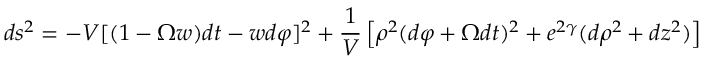
\nonumber d s ^ { 2 } = - V [ ( 1 - \Omega w ) d t - w d \varphi ] ^ { 2 } + { \frac { 1 } { V } } \left[ \rho ^ { 2 } ( d \varphi + \Omega d t ) ^ { 2 } + e ^ { 2 \gamma } ( d \rho ^ { 2 } + d z ^ { 2 } ) \right]